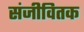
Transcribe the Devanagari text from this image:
संजीवितक